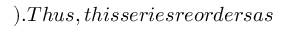
) . T h u s , t h i s s e r i e s r e o r d e r s a s